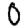
Digit: 0